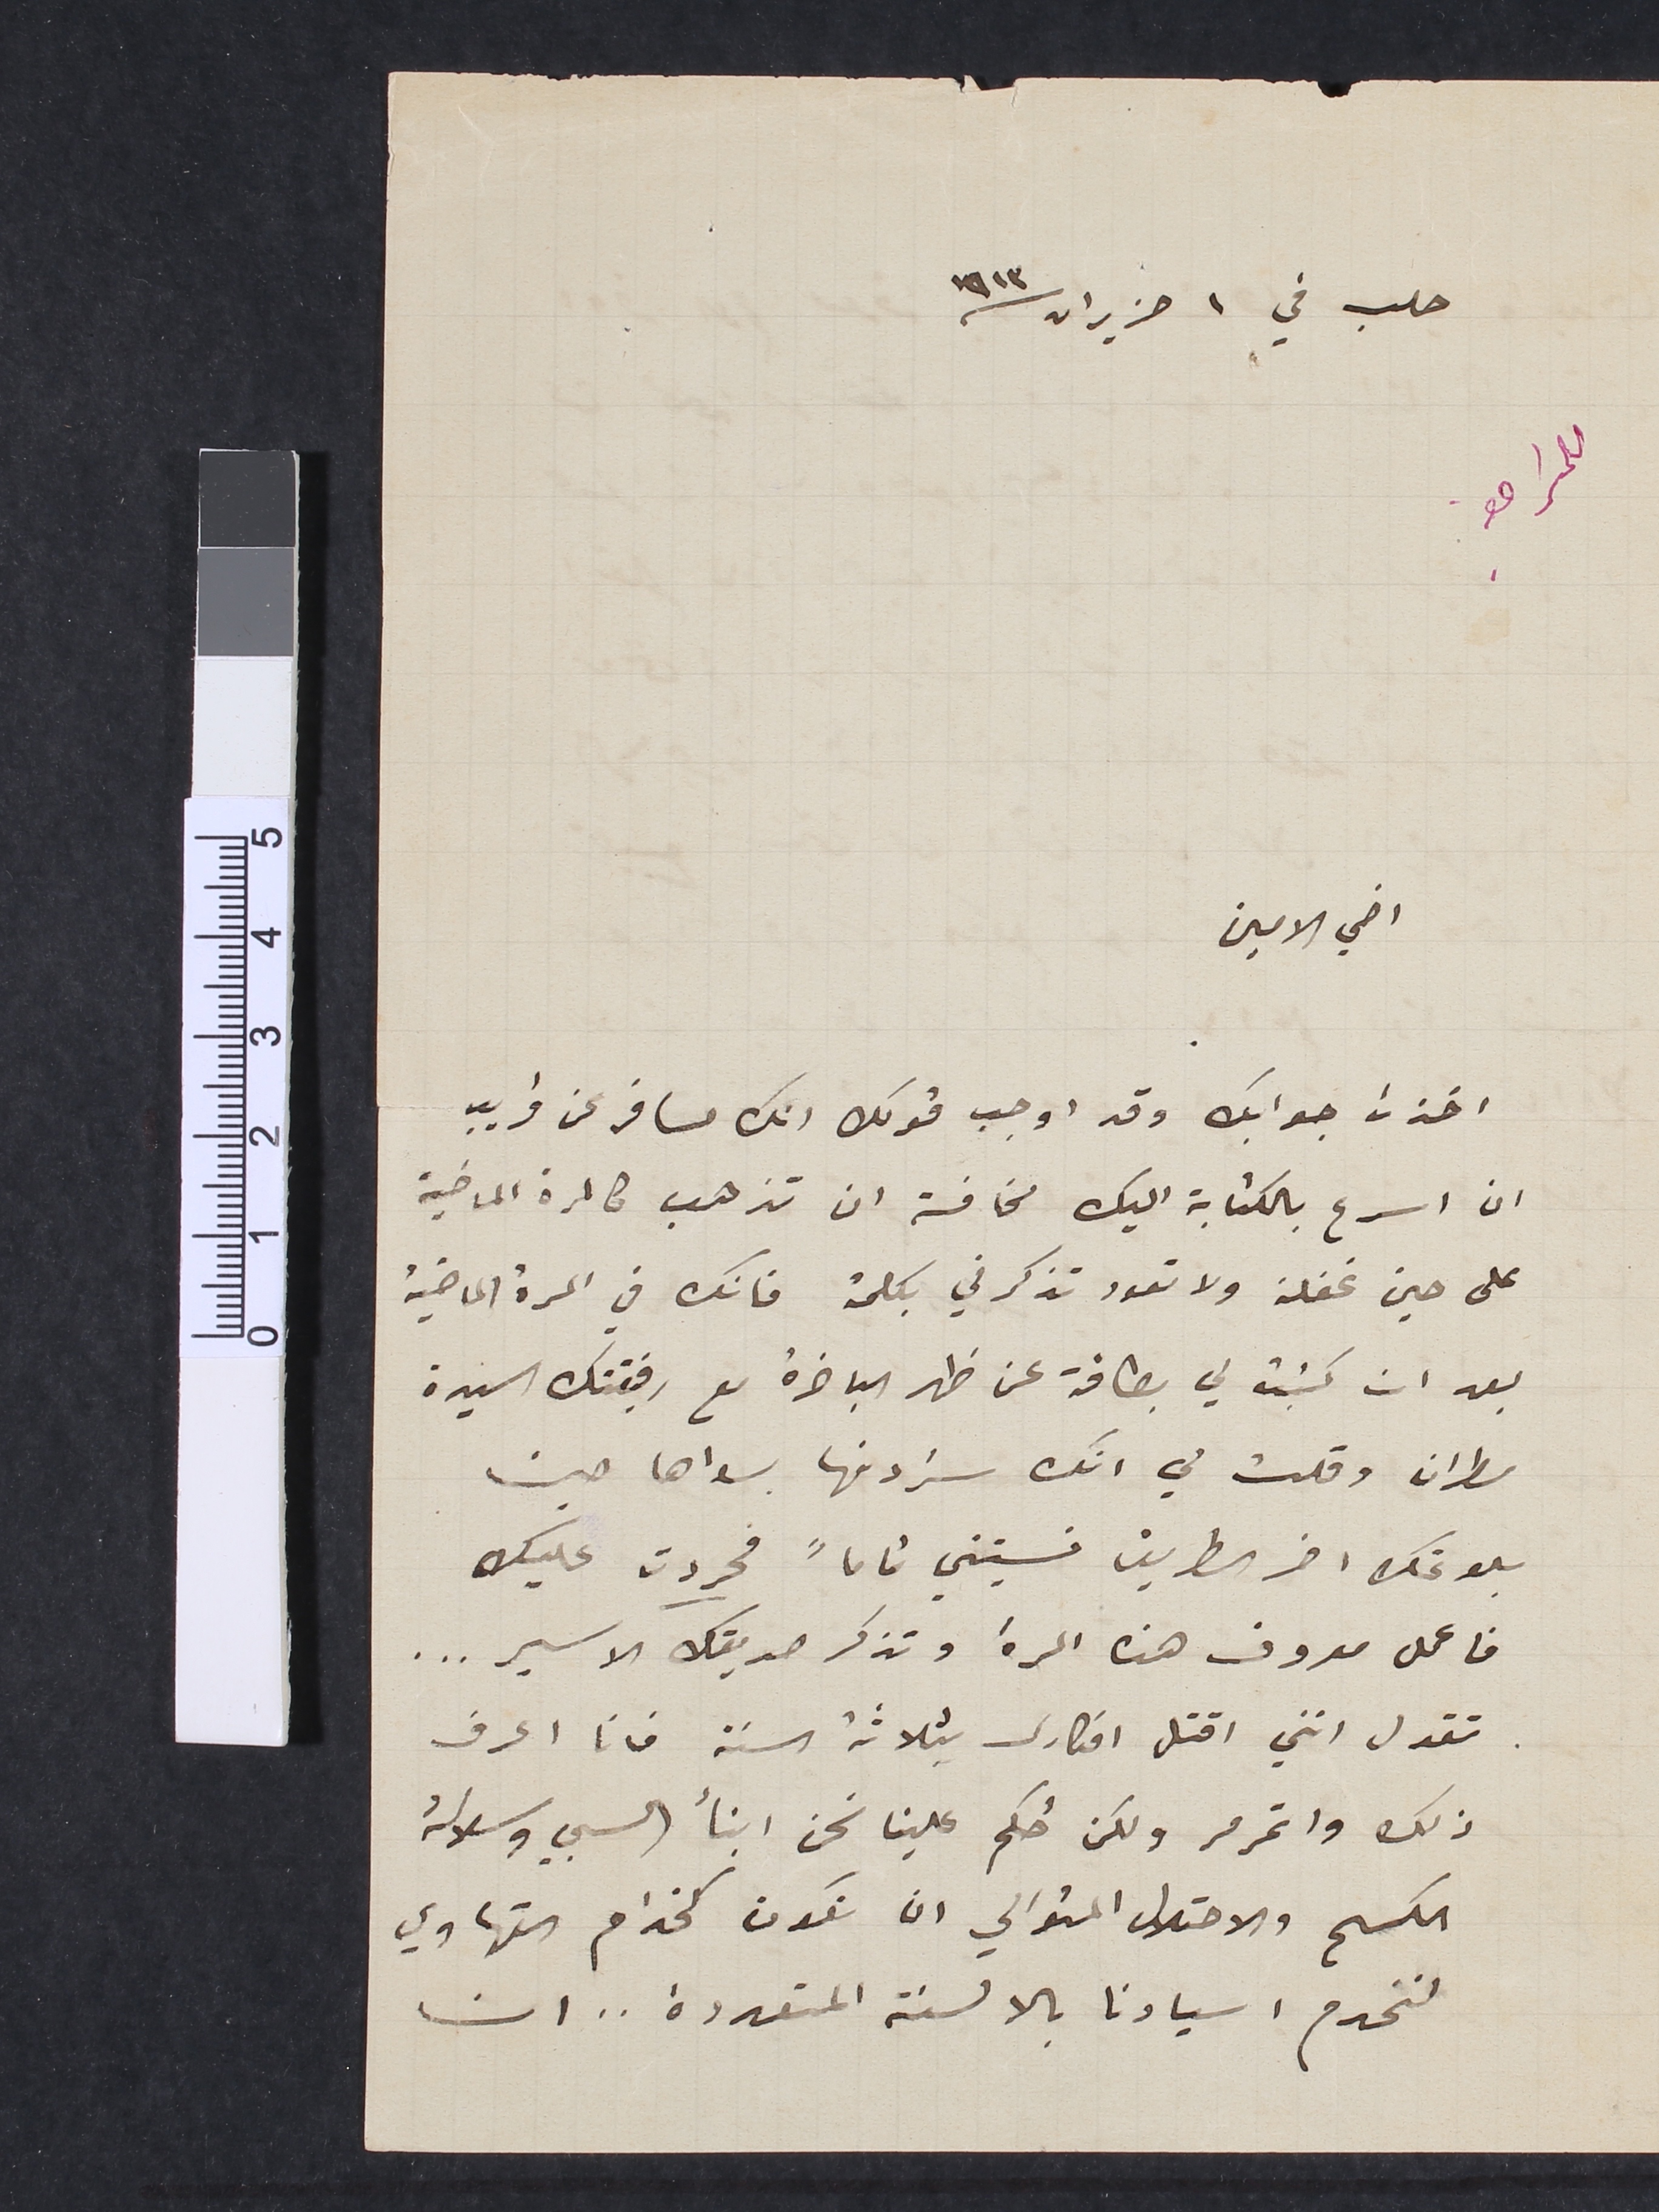
حلب في ١ حزيران / ١٩١٣
للمراجعة
اخي الامين
اخذت جوابك وقد اوجب قولك انك مسافر عن قريب
ان اسرع بالكتابة اليك مخافة ان تذهب كالمرة الماضية
على حين غفلة ولا تعود تذكرني بكلمة فانك في المرة الماضية
بعد ان كتبت لي بطاقة عن ظهر الباخرة مع رفيقتك السيدة
مطران وقلت لي انك ستردنها بسواها حين
بلوغك اخر الطريق نسيتني تماماً فحردت عليك
فاعمل معروف هذه المرة وتذكر صديقك الاسير....
تقول انني اقتل افكارى بثلاثة السنة فانا اعرف
ذلك واتمرمر ولكن حُكم علينا نحن ابنأ السبي وسلالة
الكسح والاحتلال ان نكون كخدام التهاوي
لنخدم اسيادنا بالالسنة المتعددة.. ان